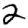
Digit: 2